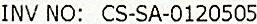
INV NO: CS-SA-0120505